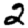
Digit: 2